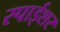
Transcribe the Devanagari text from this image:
स्पाईशर